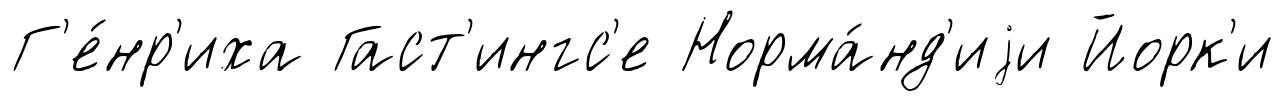
Г'е́нр'иха Гаст'ингс'е Норма́нд'иjи Йорк'и